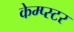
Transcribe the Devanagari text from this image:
केम्प्स्टर